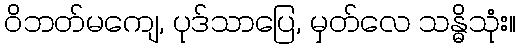
ဝိဘတ်မကျေ, ပုဒ်သာပြေ, မှတ်လေ သန္ဓိသုံး။